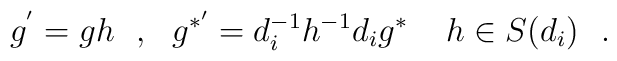
g^{'}=gh\ \ ,\ \ g^{*'}=d_{i}^{-1}h^{-1}d_{i}g^{*}\ \,\ \ h\in S(d_{i}) \ \  .